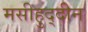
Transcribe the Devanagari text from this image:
मसीहुद्दीन